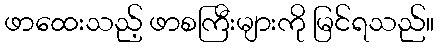
ဖာထေးသည့် ဖာစကြီးများကို မြင်ရသည်။